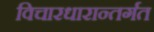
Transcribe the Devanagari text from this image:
विचारधारान्तर्गत